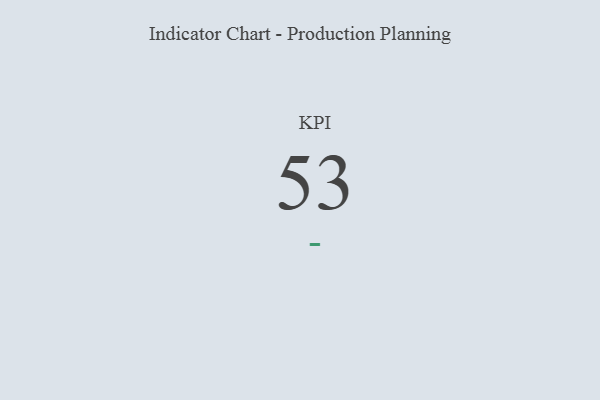
{"axis": {"x": "KPI", "y": "Value"}, "legend": [""], "data": [{"x": "KPI", "y": 53, "type": ""}]}